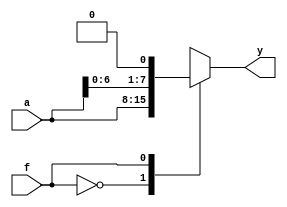
module SHIFTER_8(
	input [7:0]a,
	input f,
	output reg [7:0]y
);

	always@(a or f)
		begin
			case(f)
				0: y = a;
				1: y = {a[6:0],1'b0};
			endcase
	end
	
endmodule